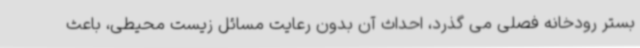
بستر رودخانه فصلی می گذرد، احداث آن بدون رعایت مسائل زیست محیطی، باعث